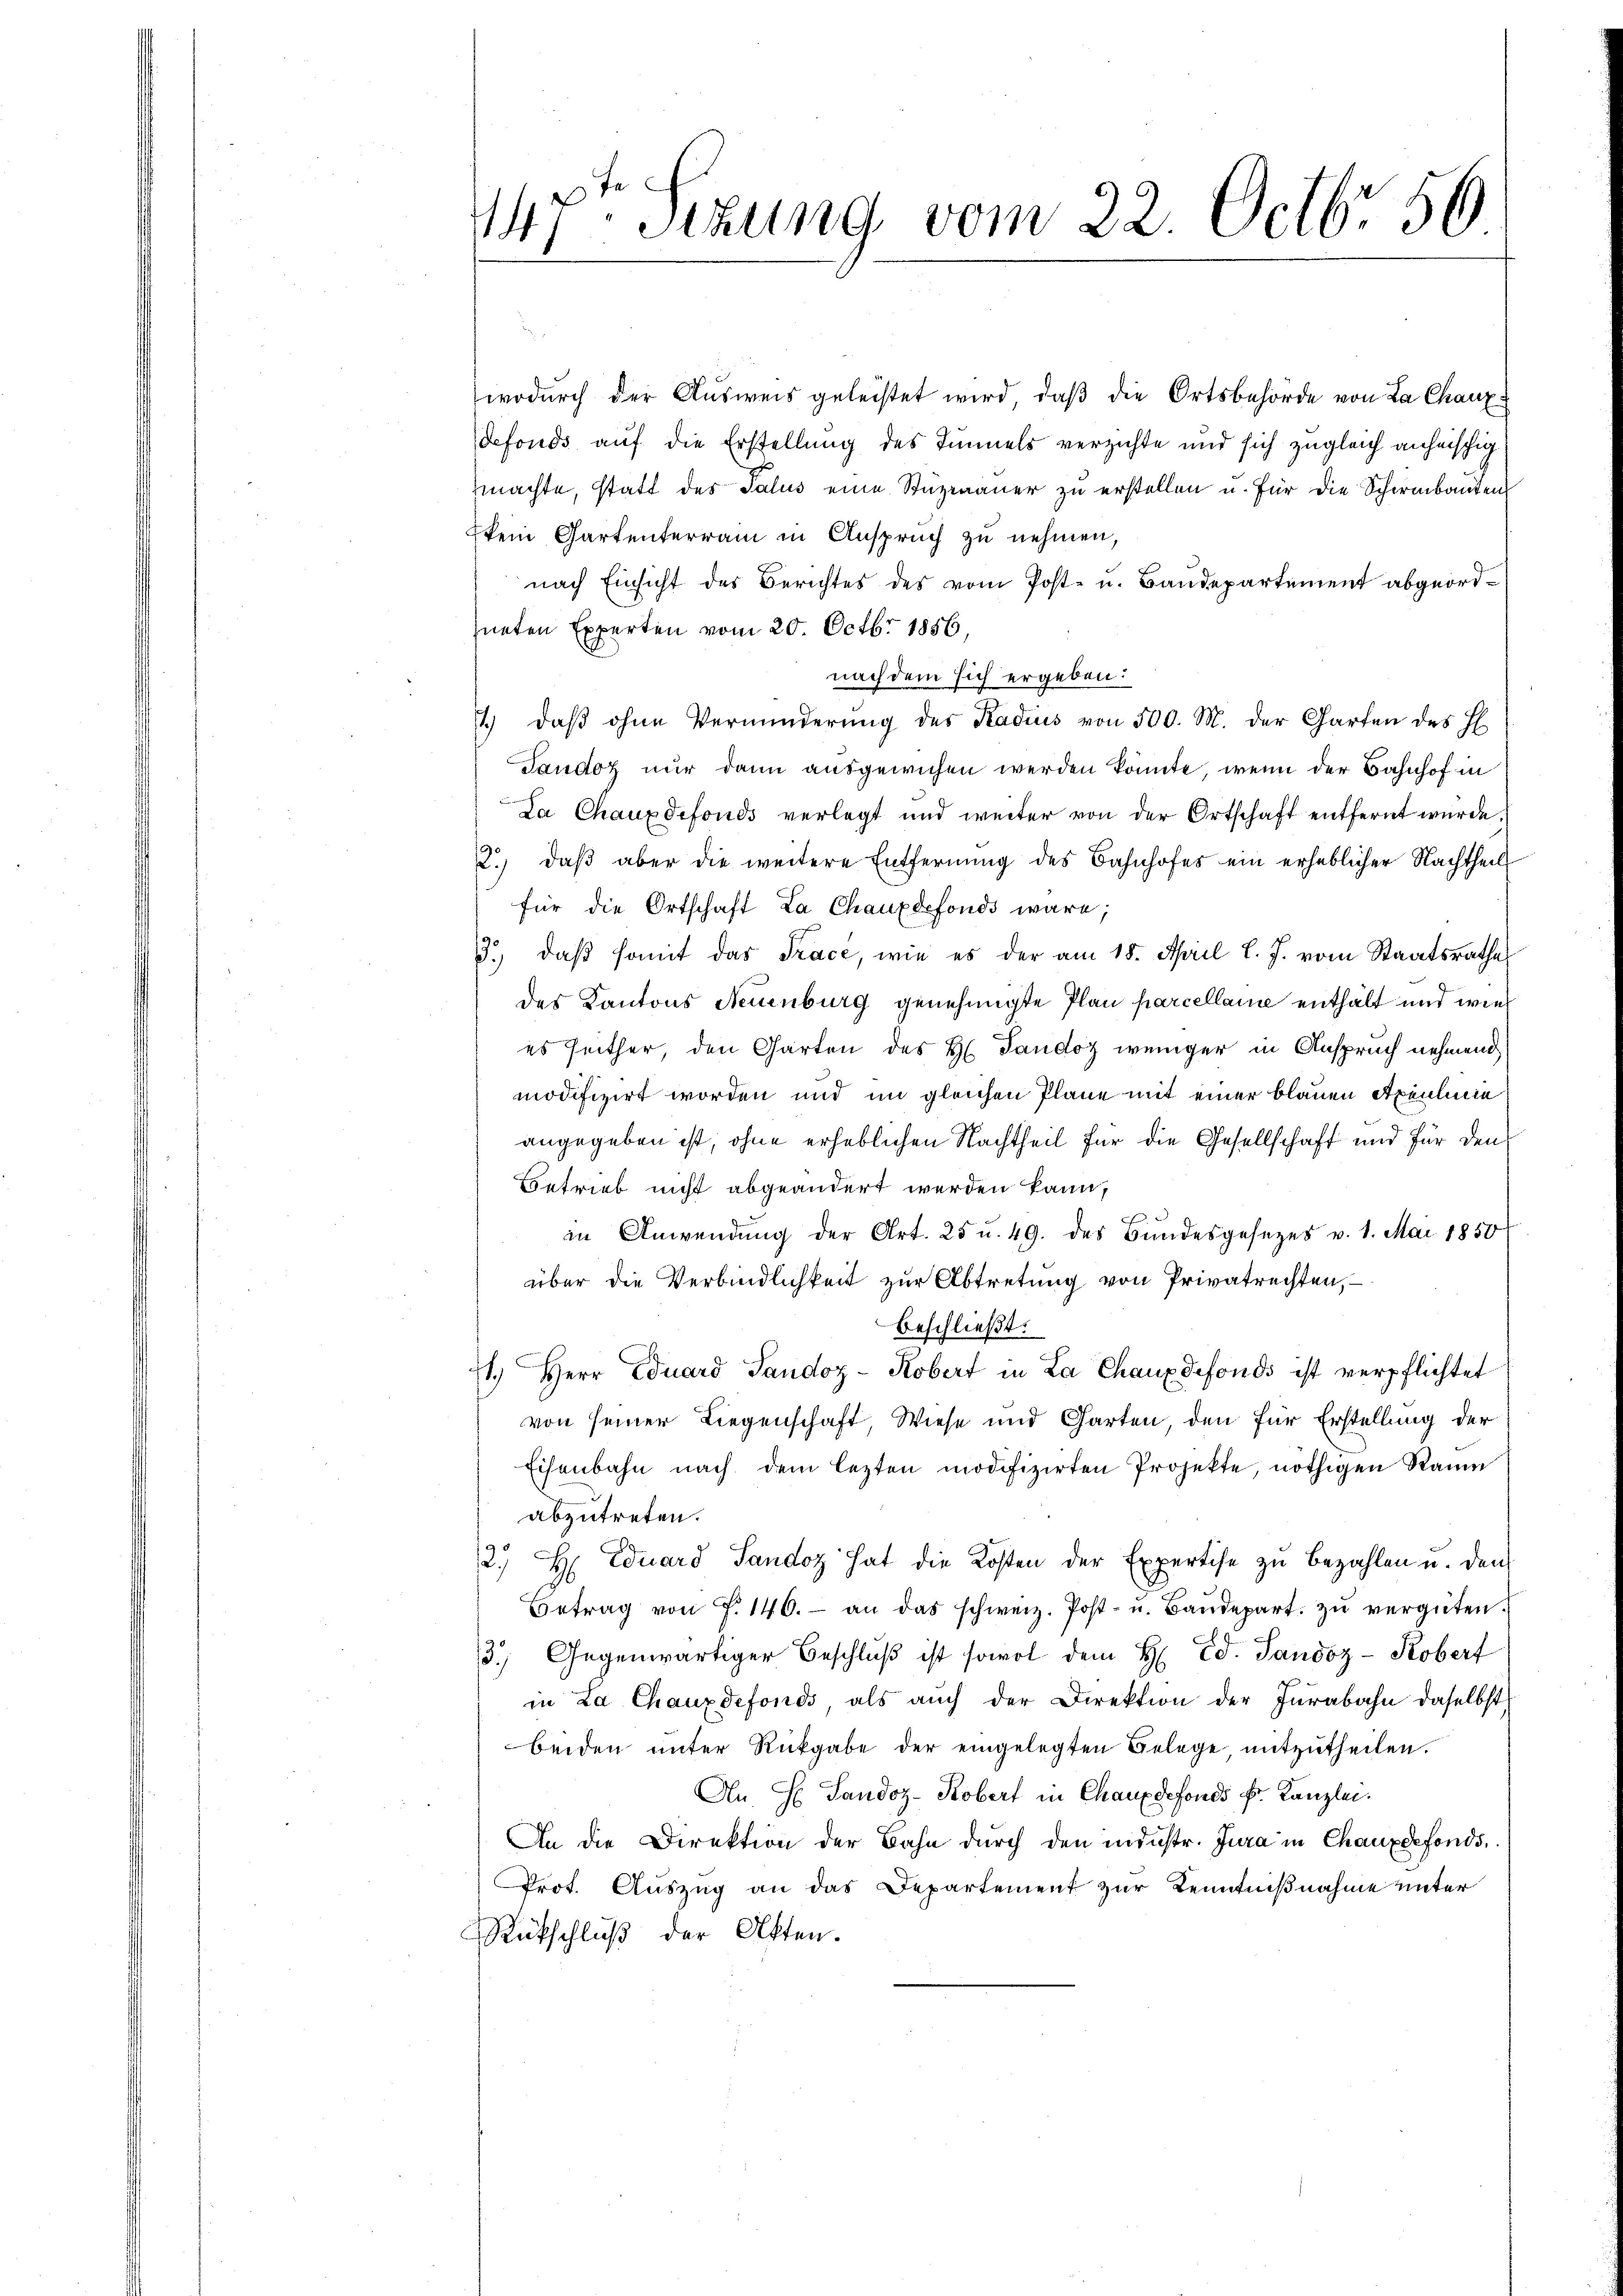
147t Sezung vom 22. Octb. 56

wodurch der Ausweis geleistet wird, daß die Ortsbehörde von La Chaux
defonds auf die Erstellung des Tunnels verzichte und sich zugleich anheischig
machte, statt des Talus eine Stugenauer zu erstellen u. für die Schirmbauten
kein Gartenterrain in Anspruch zu nehmen,
nach Einsicht des Berichtes des vom Post- u. Baudepartement abgeordhneten Experten vom 20. Octbr 1856,
nach dem sich ergeben:
1.) daß ohne Verminderung des Radius von 500. M. der Garten des H
Tandoz nur dann ausgewichen werden könnte, wenn der Bahnhof in
Da Chauxdefonds verlegt und weiter von der Ortschaft entfernt würde,
2. daβ aber die weitere Entfernŭng des Bahnhofes ein erheblicher Nachtheil
für die Ortschaft La Chauxdefonds wäre;
33. daβ somit das Trace, wie es der am 18. April l. J. vom Staatsrathes
des Kantons Neuenburg genehmigte Plan parcellaine enthält und wie
es seither, den Garten des H. Tandoz weniger in Anspruch nehmend
modifizirt worden und im gleichen Pläne mit einer blauen Apeichnia
angegeben ist, ohne erheblichen Nachtheil für die Gesellschaft und für den
Betrieb nicht abgeändert werden kann,
an Anwendŭng der Art. 25 u. 49. des Bŭndesgesezes v. 1. Mai 1850
über die Verbindlichkeit zur Abtretung von Privatrechten, –
beschließt:
1.) Herr Eduard Sandoz - Kobert in La Chaux defonds ist verpflichtet
von seiner Liegenschaft, Wiese und Garten, den für Erstellung der
Eisenbahn nach dem lezten modifizirten Projekte, nöthigen Raum
abzutreten.
2. H. Eduard Sandoz hat die Kosten der Expertise zŭ bezahlen u. den
Betrag von F. 140. an das schweiz. Post- u. Baŭdepart. zŭ vergüten.
3. Gegenwärtiger Beschlŭβ ist sowol dem H. Ed. Sandoz-Kobert
in La Chauxdefonds als auch der Direktion der Jurabahn daselbst
beiden unter Rückgabe der eingelegten Belege, mitzutheilen.
An H. Sandoz-Kobert in Chauxdefonds k. Kanzlei.
An die Direktion der Bahn durch den industr. Jura in Chauxdefonds,
Prot. Auszug an das Departement zur Kenntnißnahme unter
Rückschluß der Akten.